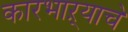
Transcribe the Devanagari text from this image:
कारभाऱ्याचे